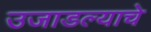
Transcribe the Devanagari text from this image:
उजाडल्याचे